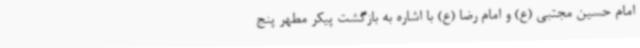
امام حسین مجتبی (ع) و امام رضا (ع) با اشاره به بازگشت پیکر مطهر پنج